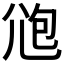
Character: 𡯚